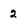
Character: 2